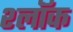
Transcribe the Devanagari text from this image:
श्लॉक